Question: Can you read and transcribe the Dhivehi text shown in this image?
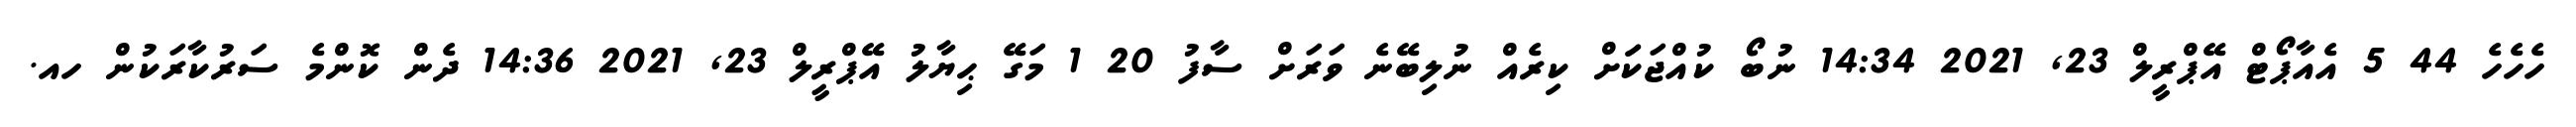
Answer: ހެހެހެ 44 5 އެއާޕޯޓް އޭޕްރީލް 23, 2021 14:34 ނުބޯ ކުއްޖަކަަށް ކިރެއް ނުލިބޭނެ ވަރަށް ސާފު 20 1 މަގޭ ޙިޔާލު އޭޕްރީލް 23, 2021 14:36 ދެން ކޮންމެ ސަރުކާރަކުން ހއ.